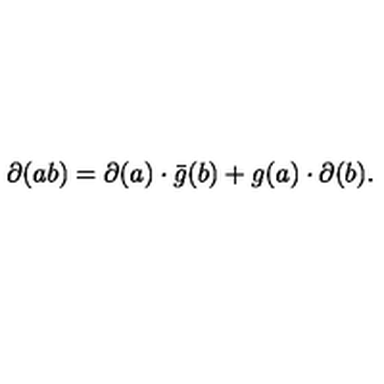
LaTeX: \partial ( a b ) = \partial ( a ) \cdot \bar { g } ( b ) + g ( a ) \cdot \partial ( b ) .